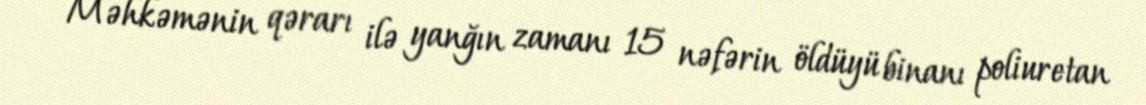
Məhkəmənin qərarı ilə yanğın zamanı 15 nəfərin öldüyü binanı poliuretan